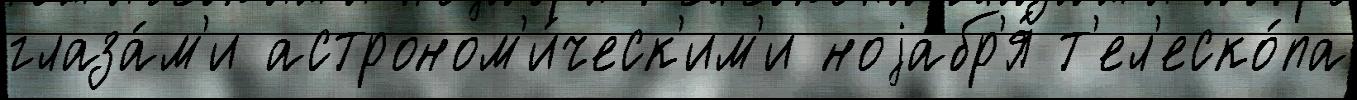
глаза́м'и астроном'и́ческ'им'и ноjабр'я́ т'ел'еско́па